Civil Veterinary Department. United Provinces 1932-42 - 1932-1942
Year: 1932
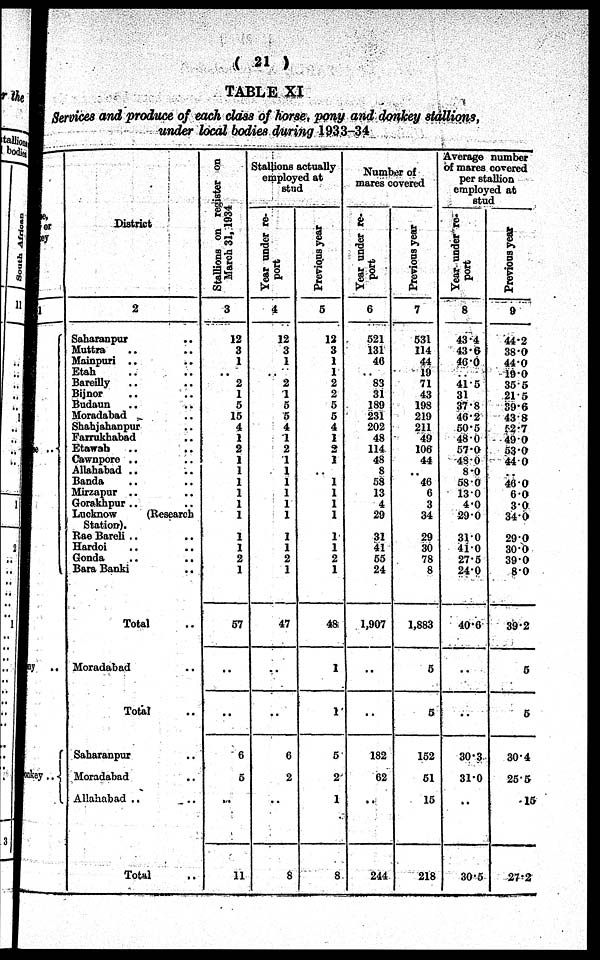
( 21 )
TABLE XI
Services and produce of each class of horse, pony and donkey stallions,
under local bodies during 1933-34
Horse,
Pony or
Donkey
Horse ..
Pony ..
Donkey ..
District
2
Saharanpur ..
Muttra .. ..
Mainpuri .. ..
Etah .. ..
Bareilly .. ..
Bijnor .. ..
Budaun .. ..
Moradabad ..
Shahjahanpur
Farrukhabad ..
Etawah
Cawnpore .. ..
Allahabad .. ..
Banda .. ..
Mirzapur .. ..
Gorakhpur .. ..
Lucknow
(Research
Station).
Rae Bareli .. ..
Hardoi .. ..
Gonda .. ..
Bara Banki ..
Total
Moradabad ..
Total
Saharanpur ..
Moradabad ..
Allahabad .. ..
Total ..
Stallions on register on
March 31, 1934
3
12
3
1
..
2
1
5
15
4
1
2
1
1
1
1
1
1
1
1
2
1
57
..
..
6
5
..
11
Stallions actually
employed at
stud
Year under re-
port
4
12
3
1
..
2
1
5
5
4
1
2
1
1
1
1
1
1
1
1
2
1
47
..
..
6
2
..
8
Previous year
5
12
3
1
1
2
2
5
5
4
1
2
1
1
1
1
1
1
1
2
1
48
I
1
5
2
1
8
Number of
mares covered
Year under re-
port
6
521
131
40
..
83
31
189
231
202
48
114
48
8
58
13
4
29
31
41
55
24
1,907
..
..
182
62
..
244
Previous year
7
531
114
44
19
71
43
198
219
211
49
106
44
..
40
6
3
34
29
30
78
8
1,883
5
5
152
51
15
218
Average number
of mares covered
per stallion
employed at
stud
Year under re-
port
8
43.4
43.6
46.0
..
41 5
31
37.8
46.2
50.5
480
57.0
48.0
8.0
580
130
4.0
29.0
31.0
410
27.5
24.0
40.6
..
..
30.3
31.0
..
30.5
Previous year
9
44.2
38.0
440
190
355
21 5
39.6
43.8
52.7
490
53.0
44 0
46.0
6.0
30
340
290
30.0
390
80
39.2
5
5
30.4
255
15
27.2